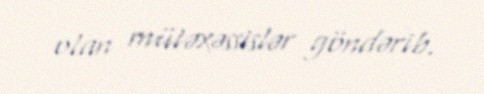
olan mütəxəssislər göndərib.